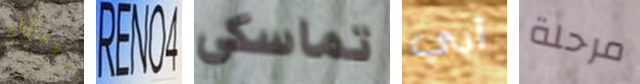
الأفارقة RENO4 تماسكي أبي مرحلة